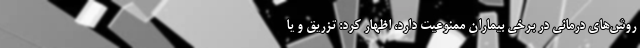
روش‌های درمانی در برخی بیماران ممنوعیت دارد، اظهار کرد: تزریق و یا